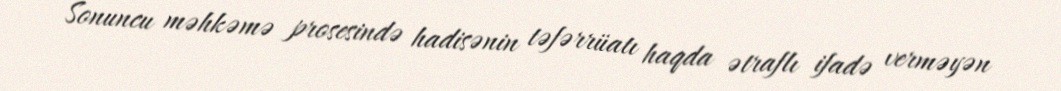
Sonuncu məhkəmə prosesində hadisənin təfərrüatı haqda ətraflı ifadə verməyən